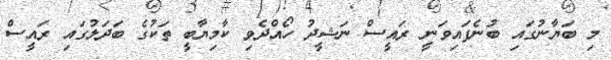
މި ބަޔާނުގައި ބުނެފައިވަނީ ރައީސް ނަޝީދު ހޯއްދެވި ކާމިޔާބީ ތަކުގެ ބަދަލުގައި ރައީސް